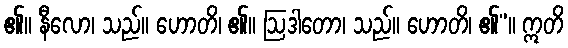
၏။ နီလော၊ သည်။ ဟောတိ၊ ၏။ ဩဒါတော၊ သည်။ ဟောတိ၊ ၏”။ ဣတိ